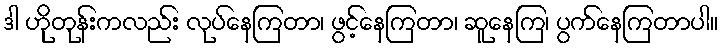
ဒါ ဟိုတုန်းကလည်း လုပ်နေကြတာ၊ ဖွင့်နေကြတာ၊ ဆူနေကြ၊ ပွက်နေကြတာပါ။